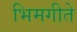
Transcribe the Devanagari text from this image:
भिमगीते